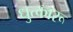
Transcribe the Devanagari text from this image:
धुत्कारू